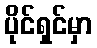
ပိုင်ရှင်မှာ